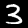
Label: 3